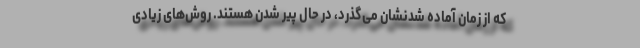
که از زمان آماده شدنشان می‌گذرد، در حال پیر شدن هستند. روش‌های زیادی